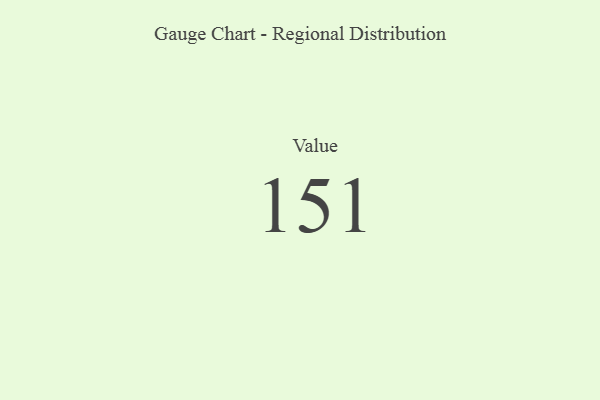
{"axis": {"x": "Metric", "y": "Value"}, "legend": [""], "data": [{"x": "Value", "y": 151, "type": ""}]}